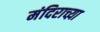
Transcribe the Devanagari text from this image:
मंदिराच्य़ा